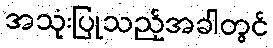
အသုံးပြုသည့်အခါတွင်